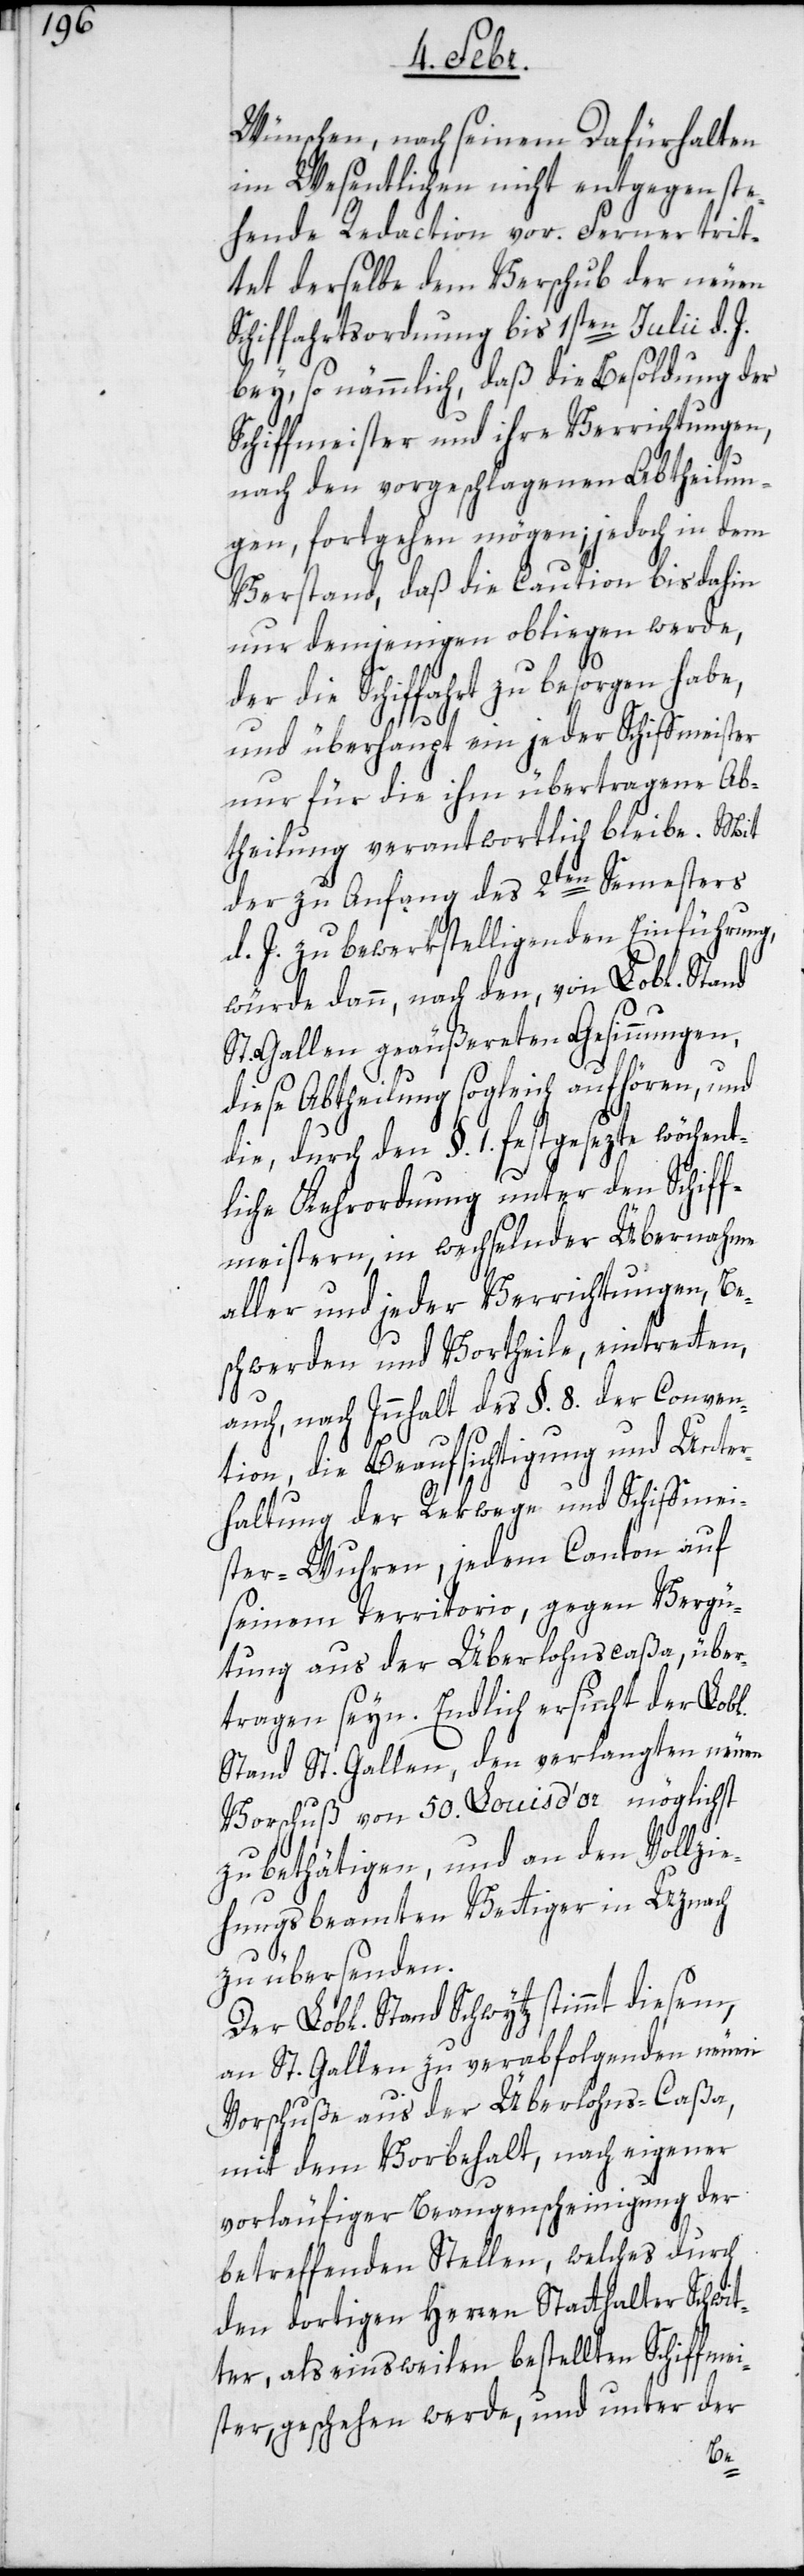
Wünschen, nach seinem Dafürhalten
im Wesentlichen nicht entgegen ste¬
hende Redaction vor. Ferner trit¬
tet derselbe dem Verschub der neuen
Schiffahrtsordnung bis 1sten Julii d. J.
bey, so nämmlich, daß die Besoldung der
Schiffmeister und ihre Verrichtungen,
nach den vorgeschlagenen Abtheilun¬
gen, fortgehen mögen; jedoch in dem
Verstand, daß die Caution bis dahin
nur demjenigen obliegen werde,
der die Schiffahrt zu besorgen habe,
und überhaupt ein jeder Schiffmeister
nur für die ihm übertragene Ab¬
theilung verantwortlich bleibe. Mit
der zu Anfang des 2ten Semesters
d. J. zu bewerkstelligenden Einführung,
würde dann, nach den, von Lobl. Stand
St. Gallen geäußerten Gesinnungen,
diese Abtheilung sogleich aufhören, und
die, durch den §. 1. festgesezte wöchent¬
liche Kehrordnung unter den Schiff¬
meistern, in wechselnder Übernahme
aller und jeder Verrichtungen, Be¬
schwerden und Vortheile, eintretten,
auch, nach Innhalt des §. 8. der Conven¬
tion, die Beaufsichtigung und Unter¬
haltung der Rekwege und Schiffmei¬
ster-Wuhren, jedem Canton auf
seinem Territorio, gegen Vergü¬
tung aus der Überlohnscaßa, über¬
tragen seyn. Endlich ersucht der Lobl.
Stand St. Gallen, den verlangten neuen
Vorschuß von 50. Louisd’or möglichst
zu bethätigen, und an den Vollzie¬
hungsbeamten Vettiger in Uznach
zu übersenden.
Der Lobl. Stand Schwytz stimmt diesem,
an St. Gallen zu verabfolgenden neuen
Vorschuße aus der Überlohns-Caßa,
mit dem Vorbehalt, nach eigener
vorläufiger Beaugenscheinigung der
betreffenden Stellen, welches durch
den dortigen Herren Statthalter Schwit¬
ter, als einsweilen bestellten Schiffmei¬
ster, geschehen werde, und unter der